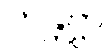
ဟန္တဗ္ဗာ